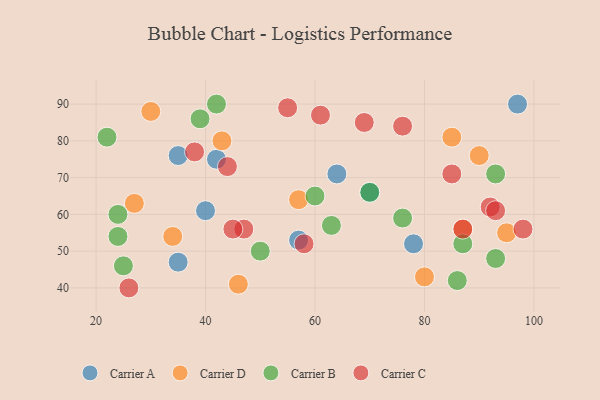
{"axis": {"x": "GDP", "y": "Life Expectancy"}, "legend": ["Carrier A", "Carrier B", "Carrier C", "Carrier D"], "data": [{"x": "35", "y": 76, "type": "Carrier A"}, {"x": "64", "y": 71, "type": "Carrier A"}, {"x": "97", "y": 90, "type": "Carrier A"}, {"x": "70", "y": 66, "type": "Carrier A"}, {"x": "35", "y": 47, "type": "Carrier A"}, {"x": "57", "y": 53, "type": "Carrier A"}, {"x": "78", "y": 52, "type": "Carrier A"}, {"x": "42", "y": 75, "type": "Carrier A"}, {"x": "40", "y": 61, "type": "Carrier A"}, {"x": "34", "y": 54, "type": "Carrier D"}, {"x": "87", "y": 56, "type": "Carrier D"}, {"x": "27", "y": 63, "type": "Carrier D"}, {"x": "90", "y": 76, "type": "Carrier D"}, {"x": "43", "y": 80, "type": "Carrier D"}, {"x": "85", "y": 81, "type": "Carrier D"}, {"x": "57", "y": 64, "type": "Carrier D"}, {"x": "80", "y": 43, "type": "Carrier D"}, {"x": "46", "y": 41, "type": "Carrier D"}, {"x": "30", "y": 88, "type": "Carrier D"}, {"x": "95", "y": 55, "type": "Carrier D"}, {"x": "42", "y": 90, "type": "Carrier B"}, {"x": "25", "y": 46, "type": "Carrier B"}, {"x": "24", "y": 60, "type": "Carrier B"}, {"x": "22", "y": 81, "type": "Carrier B"}, {"x": "93", "y": 48, "type": "Carrier B"}, {"x": "50", "y": 50, "type": "Carrier B"}, {"x": "86", "y": 42, "type": "Carrier B"}, {"x": "87", "y": 52, "type": "Carrier B"}, {"x": "93", "y": 71, "type": "Carrier B"}, {"x": "60", "y": 65, "type": "Carrier B"}, {"x": "24", "y": 54, "type": "Carrier B"}, {"x": "70", "y": 66, "type": "Carrier B"}, {"x": "63", "y": 57, "type": "Carrier B"}, {"x": "76", "y": 59, "type": "Carrier B"}, {"x": "39", "y": 86, "type": "Carrier B"}, {"x": "76", "y": 84, "type": "Carrier C"}, {"x": "55", "y": 89, "type": "Carrier C"}, {"x": "38", "y": 77, "type": "Carrier C"}, {"x": "69", "y": 85, "type": "Carrier C"}, {"x": "26", "y": 40, "type": "Carrier C"}, {"x": "44", "y": 73, "type": "Carrier C"}, {"x": "58", "y": 52, "type": "Carrier C"}, {"x": "87", "y": 56, "type": "Carrier C"}, {"x": "47", "y": 56, "type": "Carrier C"}, {"x": "98", "y": 56, "type": "Carrier C"}, {"x": "92", "y": 62, "type": "Carrier C"}, {"x": "45", "y": 56, "type": "Carrier C"}, {"x": "85", "y": 71, "type": "Carrier C"}, {"x": "93", "y": 61, "type": "Carrier C"}, {"x": "61", "y": 87, "type": "Carrier C"}]}